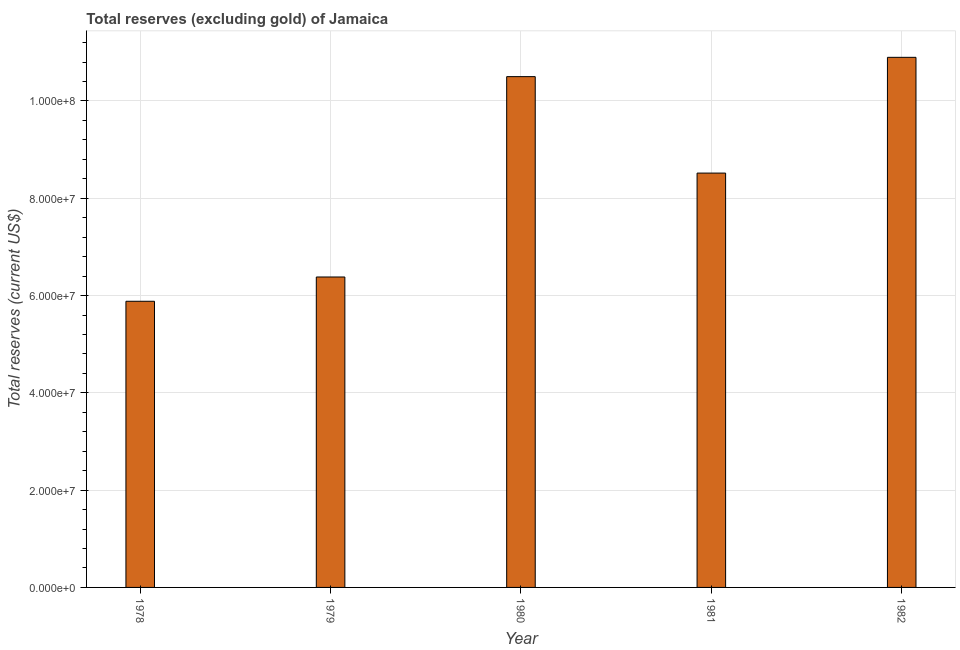
| Year | Total reserves minus gold (current US$) |
 | --- | --- |
 | 1978 | 5.88e+07 |
 | 1979 | 6.38e+07 |
 | 1980 | 1.05e+08 |
 | 1981 | 8.52e+07 |
 | 1982 | 1.09e+08 |